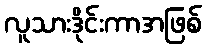
လူသားဒိုင်းကာအဖြစ်